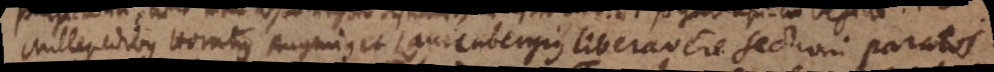
Millepedibus Horatius Augenius in Laurenbergius liberavere. Sectioni paratos.